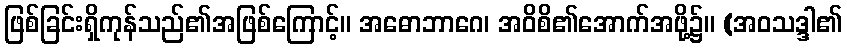
ဖြစ်ခြင်းရှိကုန်သည်၏အဖြစ်ကြောင့်။ အဓောဘာဂေ၊ အဝိစိ၏အောက်အဖို့၌။ (အဝသဒ္ဒါ၏